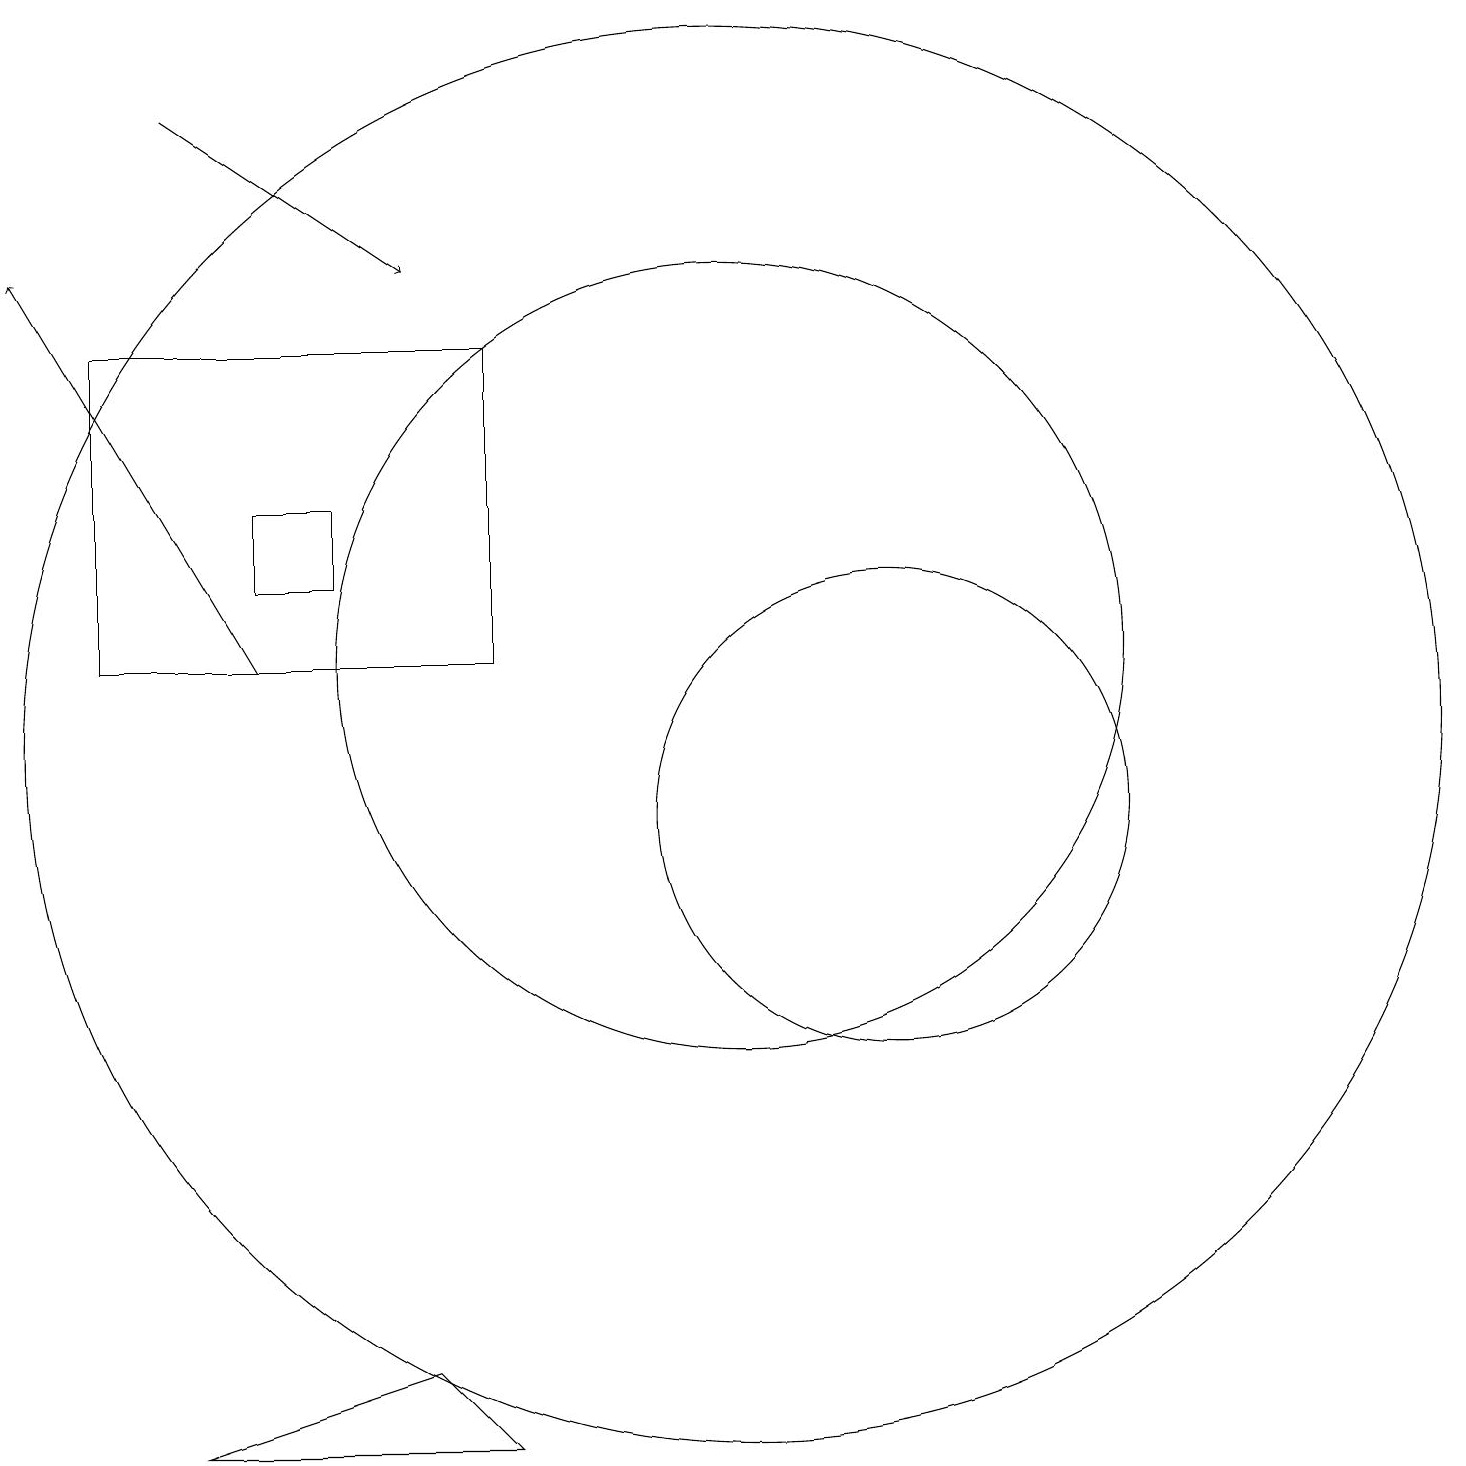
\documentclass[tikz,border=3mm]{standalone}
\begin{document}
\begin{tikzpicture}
\draw (12,10) circle (3);
\draw (6,3) -- (3,2) -- (7,2) -- cycle;
\draw[->] (4,12) -- (1,17);
\draw (2,12) rectangle (7,16);
\draw (10,12) circle (5);
\draw[->] (3,19) -- (6,17);
\draw (4,13) rectangle (5,14);
\draw (10,11) circle (9);
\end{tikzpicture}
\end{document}